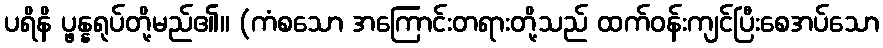
ပရိနိ ပ္ဖန္နရုပ်တို့မည်၏။ (ကံစသော အကြောင်းတရားတို့သည် ထက်ဝန်းကျင်ပြီးစေအပ်သော